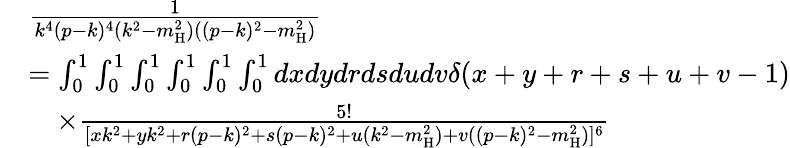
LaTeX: \begin{array}{rl}&{\frac{1}{k^{4}(p-k)^{4}(k^{2}-m_{\mathrm{H}}^{2})((p-k)^{2}-m_{\mathrm{H}}^{2})}}\\ &{=\int_{0}^{1}\int_{0}^{1}\int_{0}^{1}\int_{0}^{1}\int_{0}^{1}\int_{0}^{1}dxdydrdsdudv\delta(x+y+r+s+u+v-1)}\\ &{\quad\times\frac{5!}{[xk^{2}+yk^{2}+r(p-k)^{2}+s(p-k)^{2}+u(k^{2}-m_{\mathrm{H}}^{2})+v((p-k)^{2}-m_{\mathrm{H}}^{2})]^{6}}}\end{array}